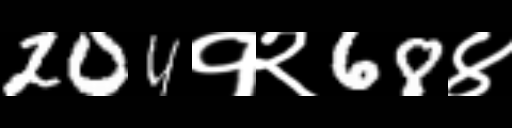
Text: 204१२68४